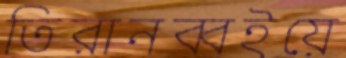
তিরানব্বইয়ে